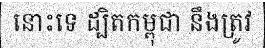
នោះទេ ដ្បិតកម្ពុជា នឹងត្រូវ